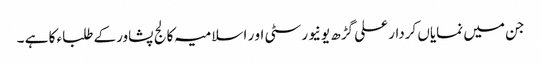
جن میں نمایاں کردار علی گڑھ یونیورسٹی او ر اسلامیہ کالج پشاورکے طلباء کا ہے ۔